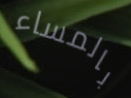
بالمساء